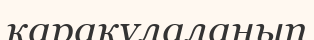
қарақұлаланып